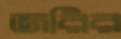
জরির